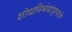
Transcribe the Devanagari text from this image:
शोधनिबंधाप्रमाणे